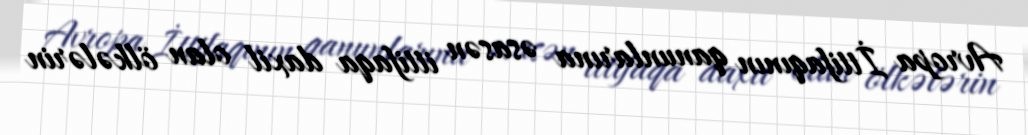
Avropa İttifaqının qanunlarına əsasən ittifaqa daxil olan ölkələrin